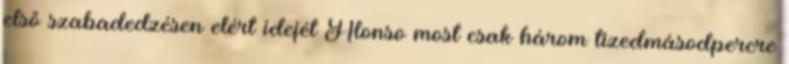
első szabadedzésen elért idejét Alonso most csak három tizedmásodpercre